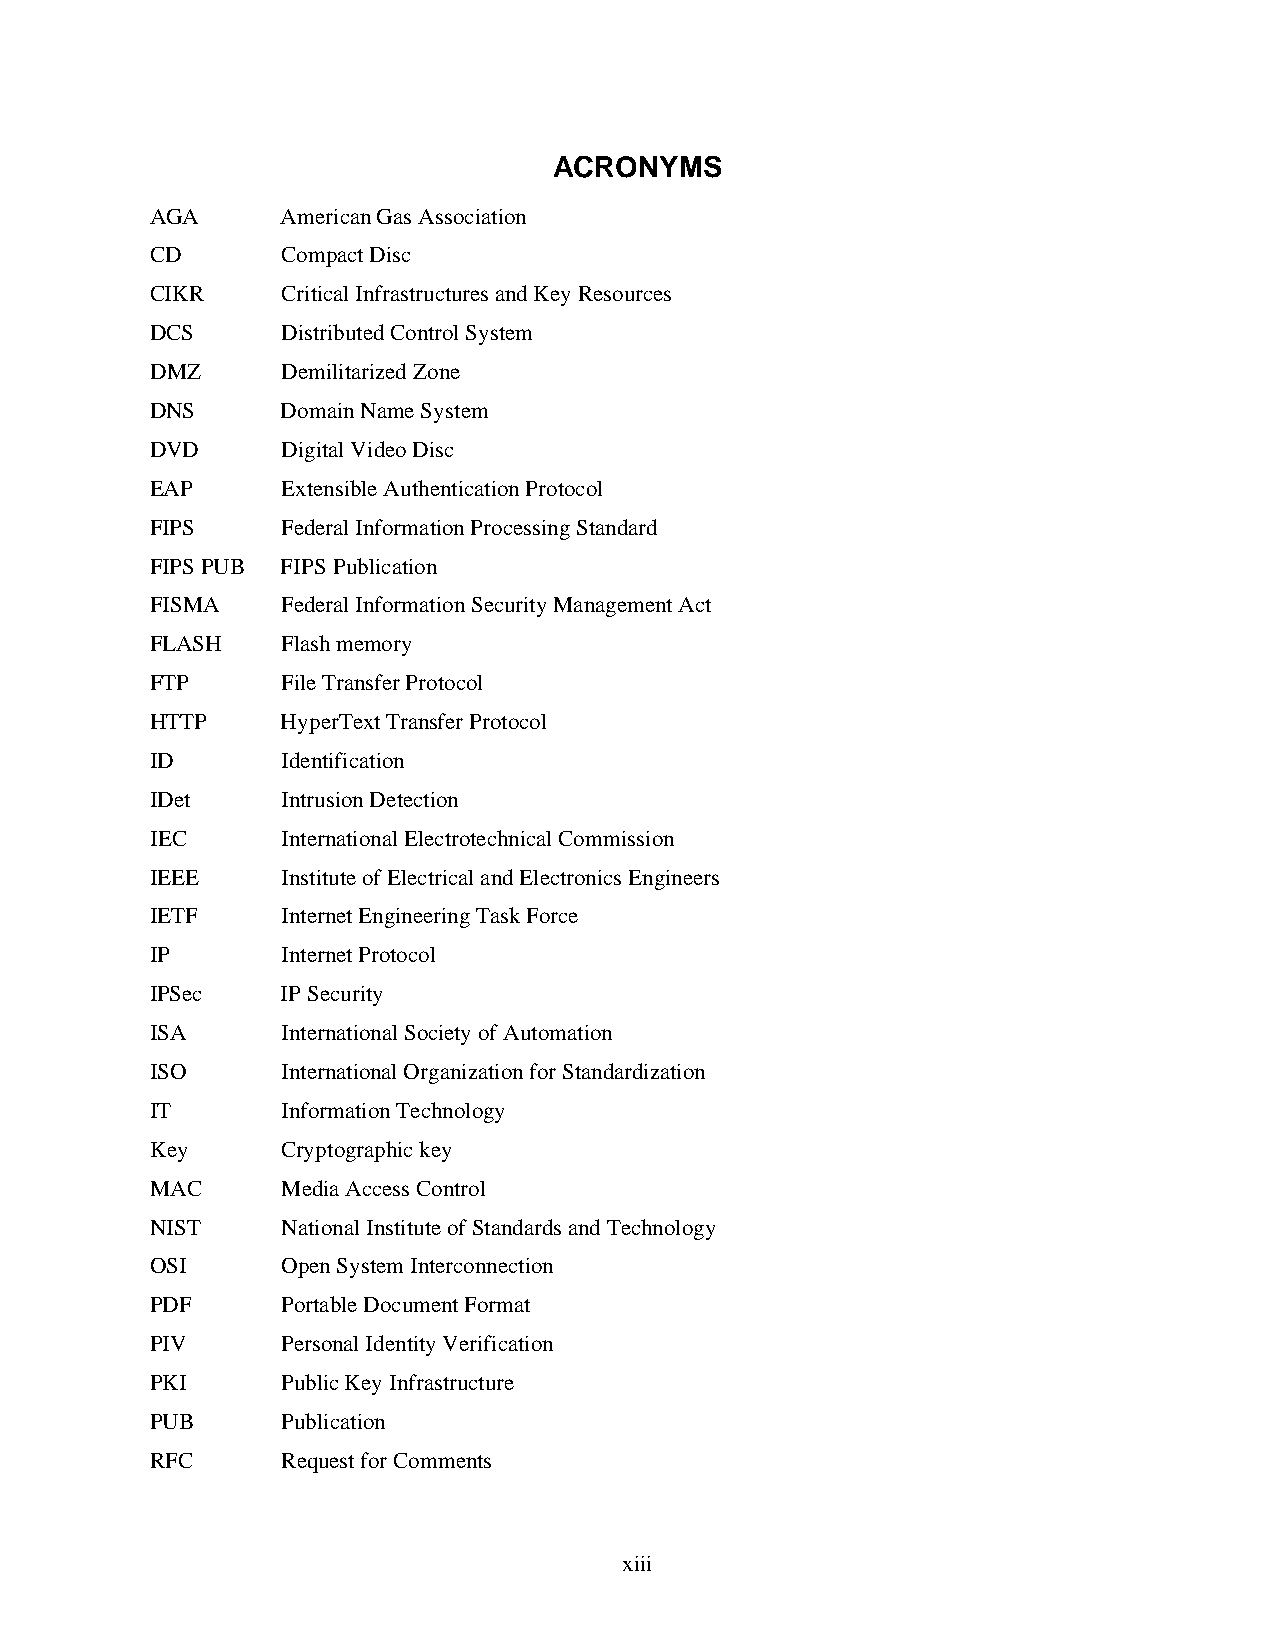
ACRONYMS
 AGA      American Gas Association
 CD       Compact Disc
 CIKR     Critical Infrastructures and Key Resources
 DCS      Distributed Control System
 DMZ      Demilitarized Zone
 DNS      Domain Name System
 DVD      Digital Video Disc
 EAP      Extensible Authentication Protocol
 FIPS     Federal Information Processing Standard
 FIPS PUB FIPS Publication
 FISMA    Federal Information Security Management Act
 FLASH    Flash memory
 FTP      File Transfer Protocol
 HTTP     HyperText Transfer Protocol
 ID       Identification
 IDet     Intrusion Detection
 IEC      International Electrotechnical Commission
 IEEE     Institute of Electrical and Electronics Engineers
 IETF     Internet Engineering Task Force
 IP       Internet Protocol
 IPSec    IP Security
 ISA      International Society of Automation
 ISO      International Organization for Standardization
 IT       Information Technology
 Key      Cryptographic key
 MAC      Media Access Control
 NIST     National Institute of Standards and Technology
 OSI      Open System Interconnection
 PDF      Portable Document Format
 PIV      Personal Identity Verification
 PKI      Public Key Infrastructure
 PUB      Publication
 RFC      Request for Comments
 xi ii